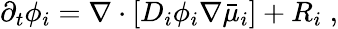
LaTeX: \begin{array}{r}{\partial_{t}\phi_{i}=\nabla\cdot[D_{i}\phi_{i}\nabla\bar{\mu}_{i}]+R_{i}\; ,}\end{array}